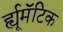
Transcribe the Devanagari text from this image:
र्ह्यूमॅटिक